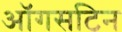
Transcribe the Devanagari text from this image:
ऑगसटिन